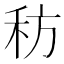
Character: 䄱